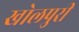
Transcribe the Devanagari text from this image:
खोलपुरी